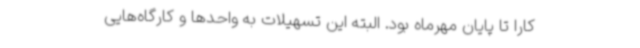
کارا تا پایان مهرماه بود. البته این تسهیلات به واحدها و کارگاه‌هایی